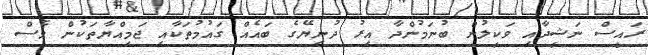
ރައީސް ނަޝީދާއި ވަކީލުން ބުނަމުންދާ އިރު ދުނިޔޭގެ ބައެއް ގައުމުތަކާއި ޖަމިއްޔާތަކުން ވެސް